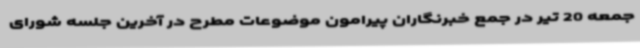
جمعه 20 تیر در جمع خبرنگاران پیرامون موضوعات مطرح در آخرین جلسه شورای